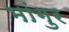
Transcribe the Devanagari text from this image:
मांगुर